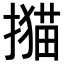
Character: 𢵝